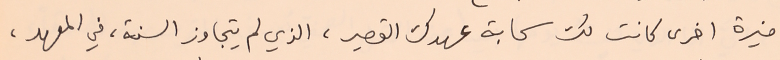
ميزة اخرى كانت لك سحابة عهدك القصير، الذي لم يتجاوز السنة، في المعهد،